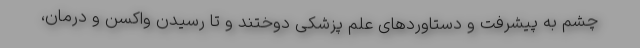
چشم به پیشرفت و دستاوردهای علم پزشکی دوختند و تا رسیدن واکسن و درمان،